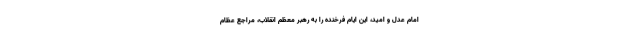
امام عدل و امید، این ایام فرخنده را به رهبر معظم انقلاب، مراجع عظام